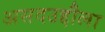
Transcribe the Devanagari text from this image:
असदउद्दौला